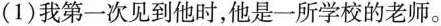
(1)我第一次见到他时，他是一所学校的老师。